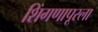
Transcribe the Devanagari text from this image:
शिंगणापूरला